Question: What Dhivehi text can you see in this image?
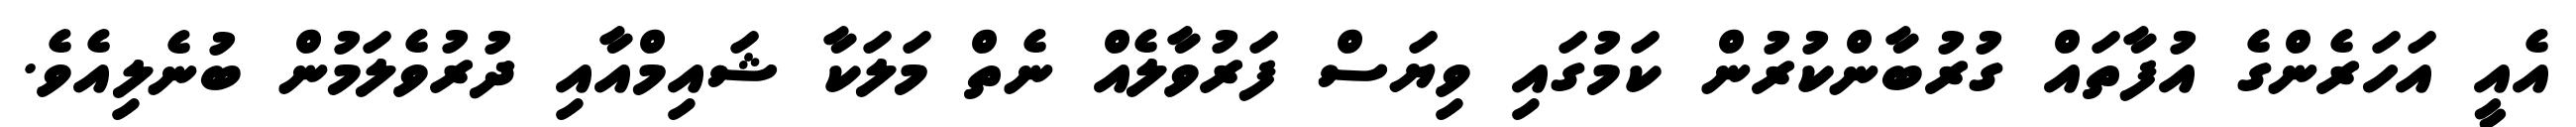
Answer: އެއީ އަހަރެންގެ އުފާތައް ގުރުބާންކުރުން ކަމުގައި ވިޔަސް ފަރުވާލެއް ނެތް މަލަކާ ޝައިމްއާއި ދުރުވެލަމުން ބުނެލިއެވެ.